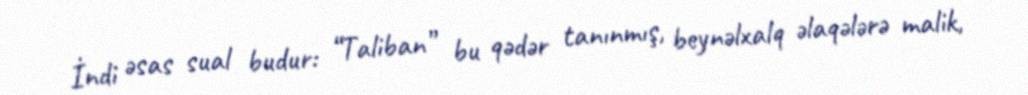
İndi əsas sual budur: “Taliban” bu qədər tanınmış, beynəlxalq əlaqələrə malik,